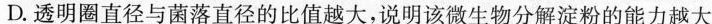
D.透明圈直径与菌落直径的比值越大，说明该微生物分解淀粉的能力越大